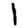
Digit: 1